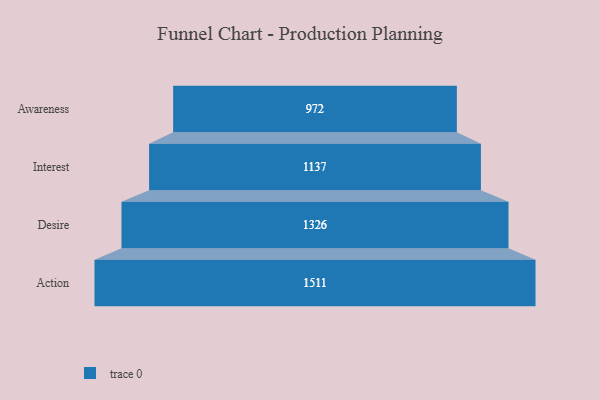
{"axis": {"x": "Stage", "y": "Value"}, "legend": [""], "data": [{"x": "Awareness", "y": 972.0, "type": ""}, {"x": "Interest", "y": 1137.0, "type": ""}, {"x": "Desire", "y": 1326.0, "type": ""}, {"x": "Action", "y": 1511.0, "type": ""}]}